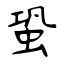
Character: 蛩